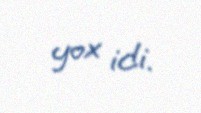
yox idi.